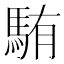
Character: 𩣋